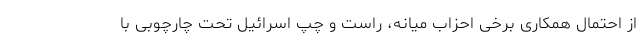
از احتمال همکاری برخی احزاب میانه، راست و چپ اسرائیل تحت چارچوبی با